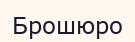
Брошюро